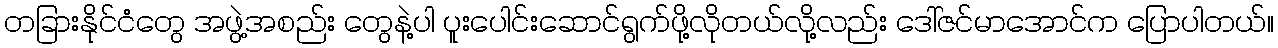
တခြားနိုင်ငံတွေ အဖွဲ့အစည်း တွေနဲ့ပါ ပူးပေါင်းဆောင်ရွက်ဖို့လိုတယ်လို့လည်း ဒေါ်ဇင်မာအောင်က ပြောပါတယ်။